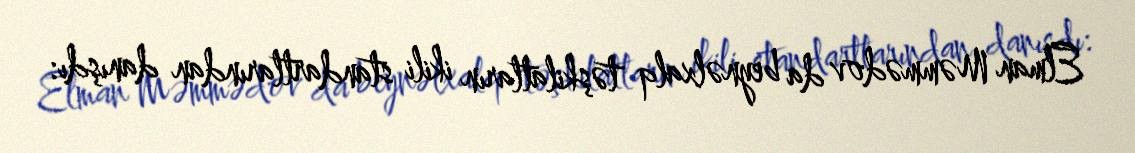
Elman Məmmədov da beynəlxalq təşkilatların ikili standartlarından danışdı: